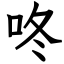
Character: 咚